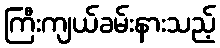
ကြီးကျယ်ခမ်းနားသည့်